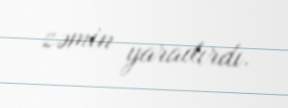
zəmin yaradırdı.